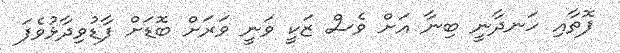
ފޮތާއި ހަނދާނީ ބިނާ އަށް ވެސް ޒަކީ ވަނީ ވަރަށް ބޮޑަށް ފާޑުވިދާޅުވެފަ